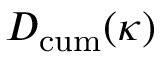
D _ { \mathrm { c u m } } ( \kappa )